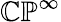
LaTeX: \mathbb{CP}^{\infty}